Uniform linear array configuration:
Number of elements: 24
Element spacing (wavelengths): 0.25
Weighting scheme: blackman
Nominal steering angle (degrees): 30
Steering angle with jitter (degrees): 30.978
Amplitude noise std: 0.05
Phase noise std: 0.05

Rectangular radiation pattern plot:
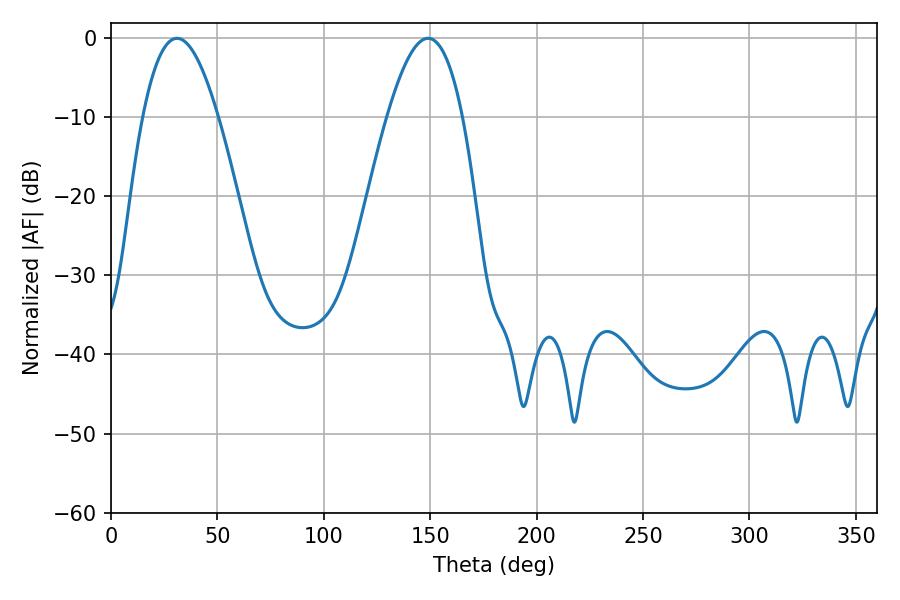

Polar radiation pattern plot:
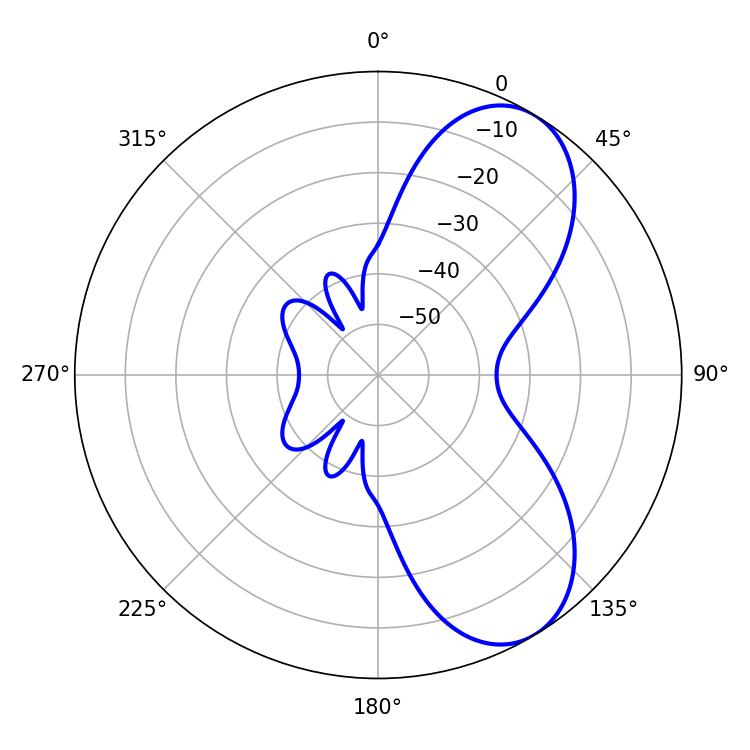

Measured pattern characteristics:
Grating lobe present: FALSE
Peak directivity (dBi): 7.184
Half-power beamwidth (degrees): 19.44
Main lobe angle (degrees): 30.96